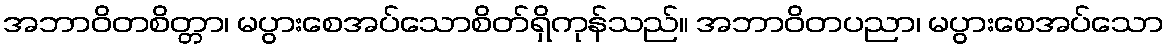
အဘာဝိတစိတ္တာ၊ မပွားစေအပ်သောစိတ်ရှိကုန်သည်။ အဘာဝိတပညာ၊ မပွားစေအပ်သော